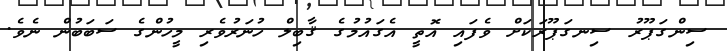
ސިންގަޕޫރު ސިނގަޕޫރަކަށް ވެފައި އޮތީ އެގައުމުގެ ޤާބިލް ހުނަރުވެރި މީހުންގެ ސަބަބުން ނެވެ.